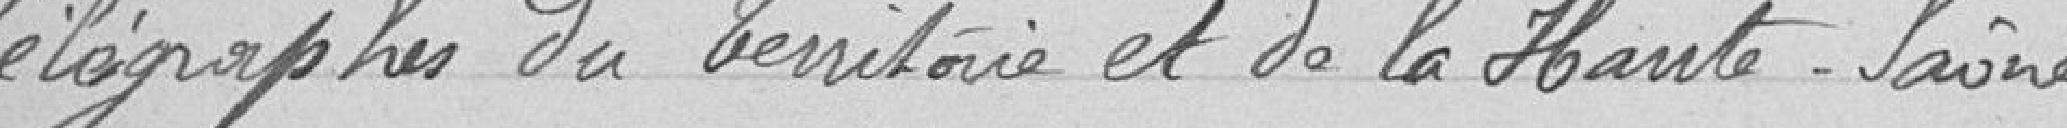
Télégraphes du Territoire et de la Haute-Saône